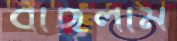
বাছলাম